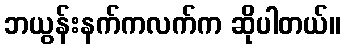
ဘယွန်းနက်ကလက်က ဆိုပါတယ်။